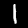
Digit: 1